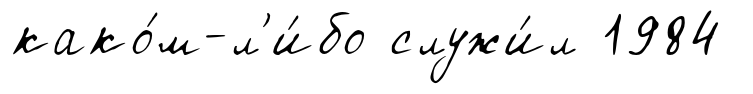
како́м-л'и́бо служи́л 1984